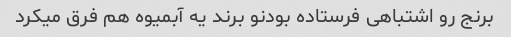
برنج رو اشتباهی فرستاده بودنو برند یه آبمیوه هم فرق میکرد